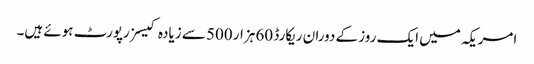
امریکہ میں ایک روز کے دوران ریکارڈ 60 ہزار 500 سے زیادہ کیسز رپورٹ ہوئے ہیں۔